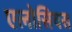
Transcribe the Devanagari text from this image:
एलोसियस